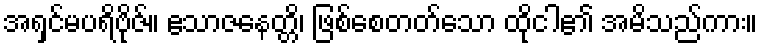
အရှင်မပရိဗိုဇ်။ ဧသာဇနေတ္တိ၊ ဖြစ်စေတတ်သော ထိုငါ၏ အမိသည်ကား။